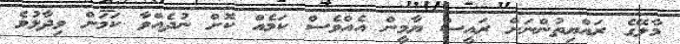
މާލޭގެ ރައްޔިތުންނަށް ރައީސް ޔާމީން އެއްވެސް ކަމެއް ކޮށް ނުދެއްވާ ކަމަށް ވިދާޅުވެ